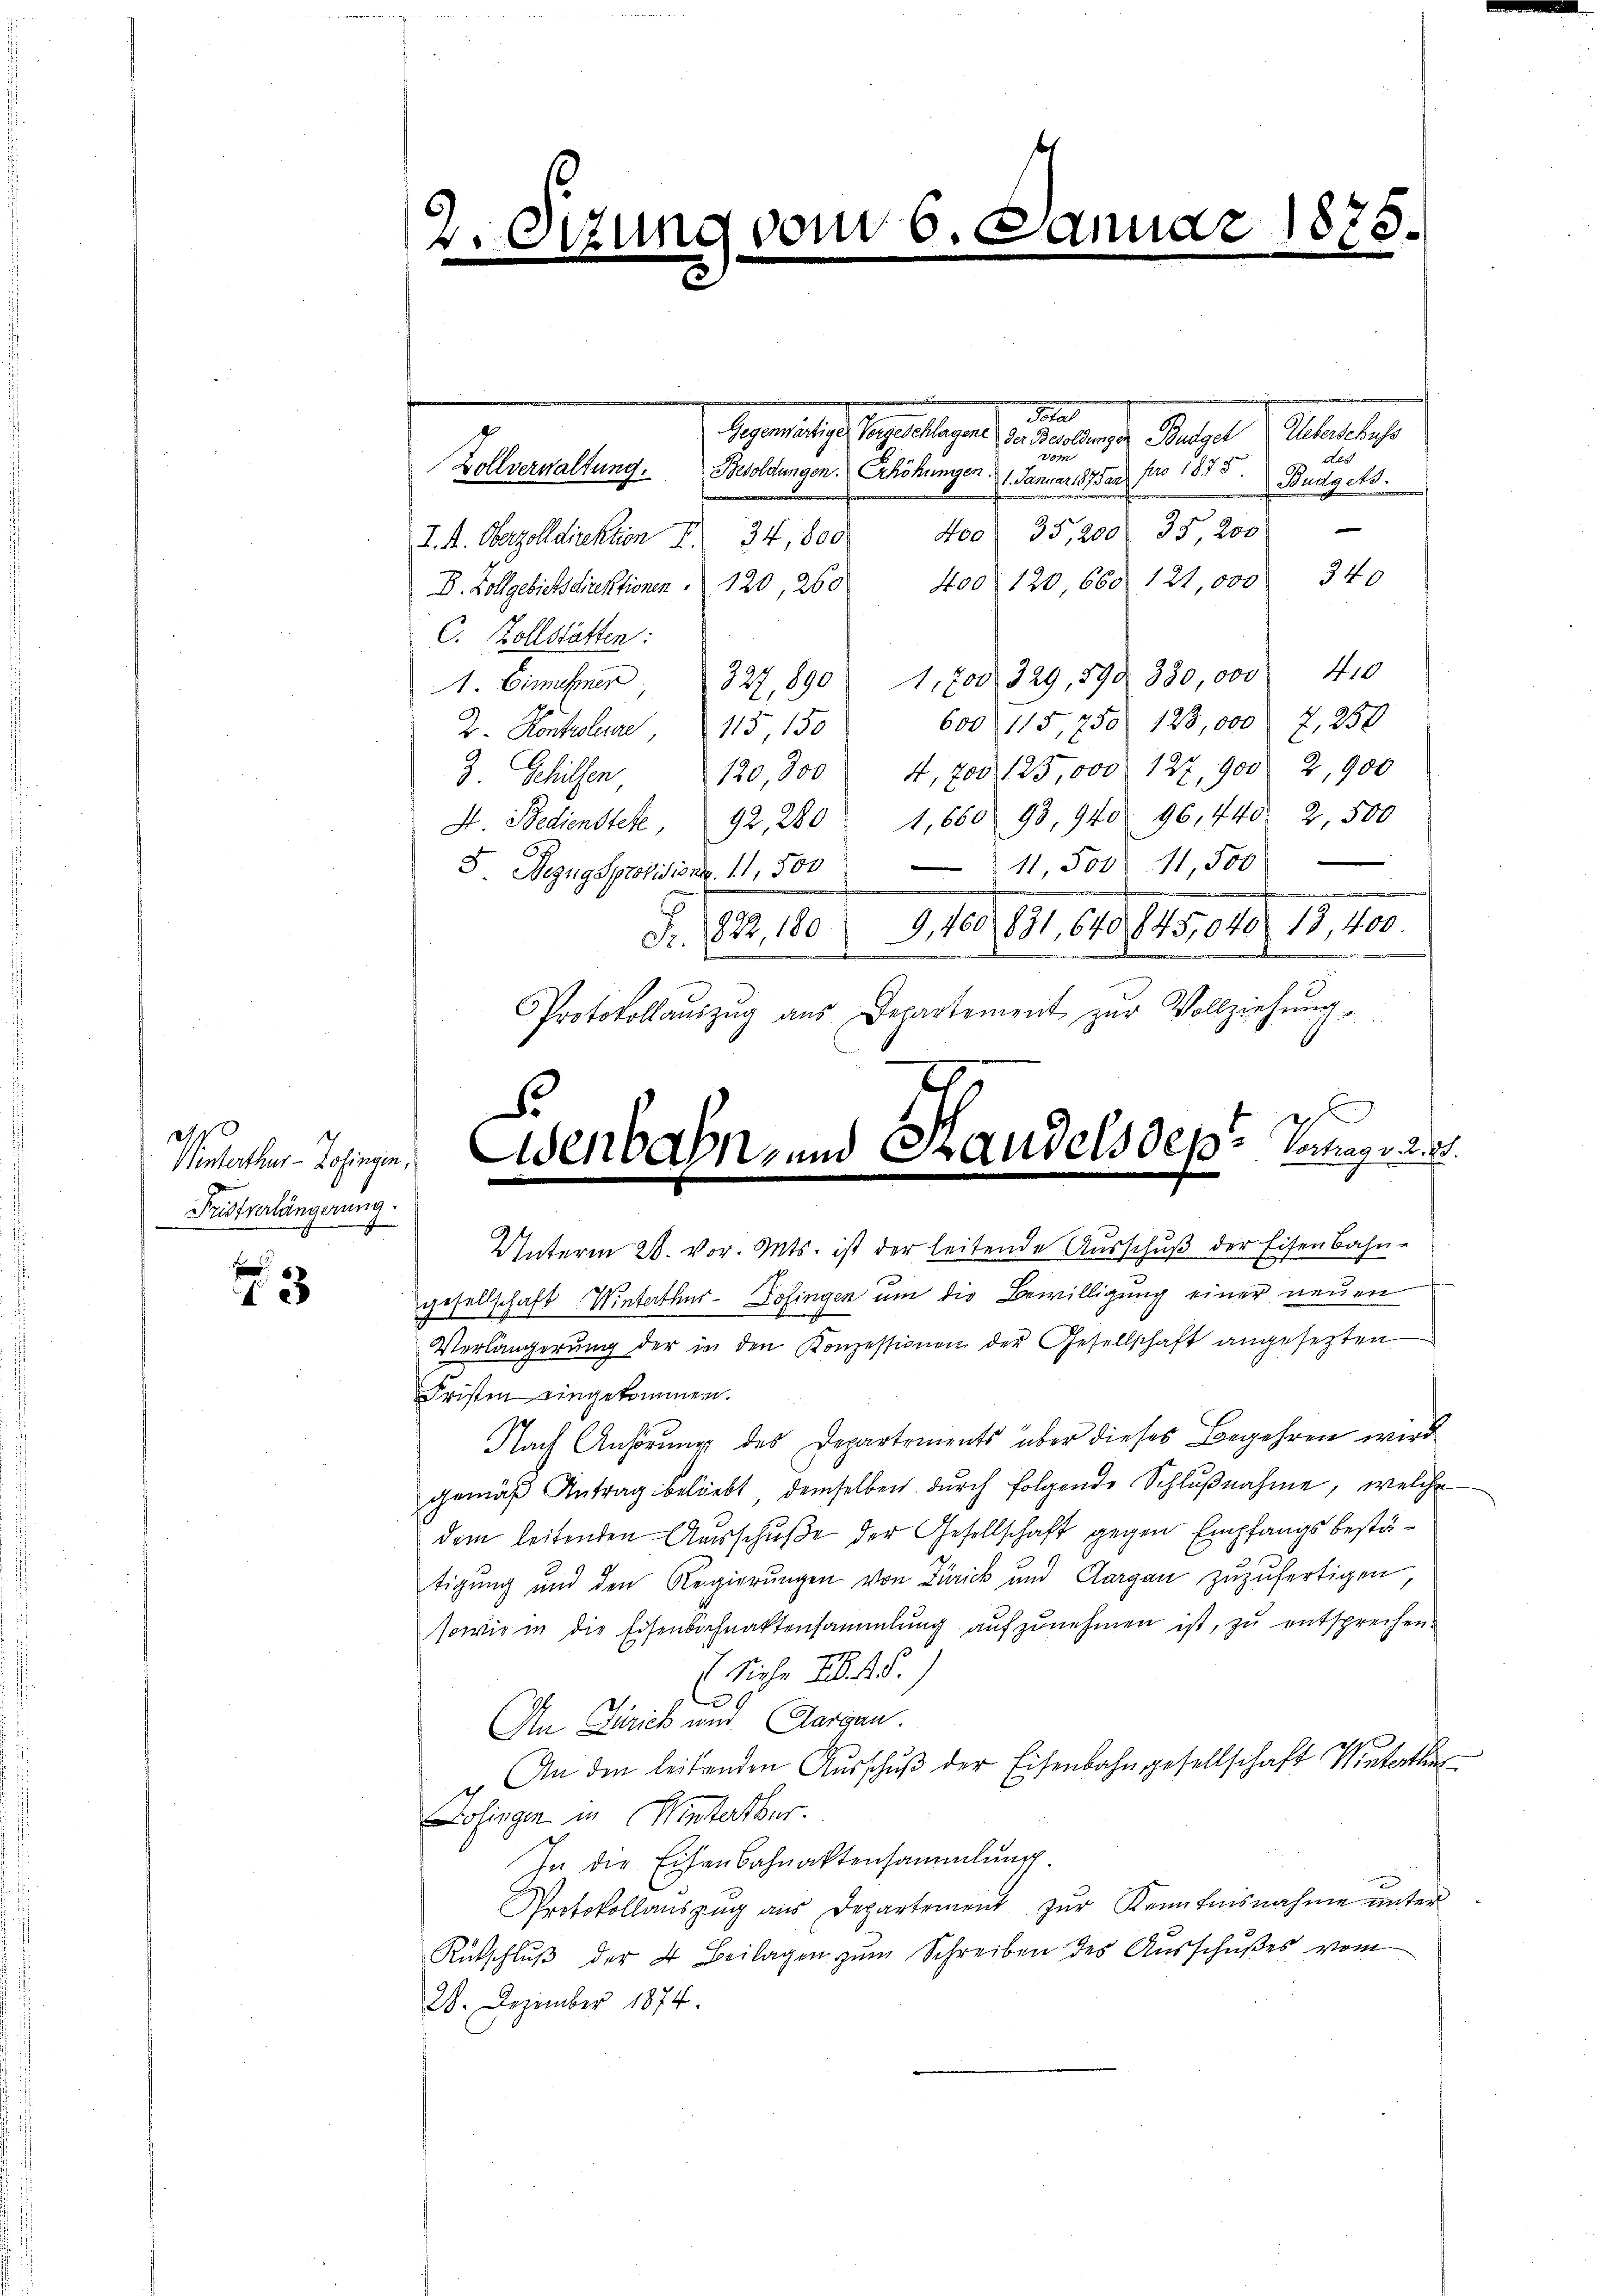
Vontorter Schingen
Fristverlängerung.

.
13

2. Sitzung vom 6.
.

Zollverwaltung.
Besoldungen. Erhöhungen 1. Januar 1875 an pro 1875.

Sta
Gegenwärtige Vorgeschlagen der Besoldungen Budget Albers bess
vom
A
Budgets.

400  35,200. 35, 200
I. k. Oberzolldirektion I 34, 800
4oo 120 660 121,000 340
D. Zollgebietsdirektionen 120, 260
C. Zollstätten:
1. Eimehner, 327, 1890 1,700 329, 190. 330,000 410
600 115, 750 128,000 Z,250
2. Kontolen, 115, 150
3. Gehilfen 120, 300 4, 700 125,000 127, 900 2,900
92, 280 " 1,600 98, 940 96, 440. 2, 500
H. Bedienstete,
6
11,500 11,500
8 Bezugsprovisions. 11, 500.
d. 16. 811. 618. 151018, 19, 10.
822, 180
d

Protokollauszug aus Departement zur Vollziehung

nuar 1875.

S
Wenbahn, und Handels des Verge

Unterm 28. vor. Mts. ist der leitende Ausschŭβ der Eisenbahn-
gesellschaft Winterthur-Dofingen um die Bewilligung einer neuen
Verlängerung der in den Konzessionen der Gesellschaft angesezten
Fristen eingekommen.
Nach Anhörung des Departements über dieses Begehren wird
gemäβ Antrag beliebt demselben dŭrch folgende Schlŭβnahme, welche
dem leitenden Ausschuße der Gesellschaft gegen Empfangs bestätigung und den Regierungen von Zürick und Aargau zuzufertigen
sowie in die Eisenbahnaktensammlung aufzunehmen ist, zu entsprechen.
Siehe I S.
29
An Zürich und Aargau.
An den leitenden Aŭsschŭβ der Eisenbahngesellschaft Winterten
Lohingen in Hinterthur.
In die Eisenbahnaktensammlung.
Protokollaŭszŭg aŭs Departement zŭr Kenntnisnahme ŭnter
Rütschlŭβ der 4 Beilagen zŭm Schreiben des Aŭsschŭβes vom
28. Dezember 1874.